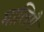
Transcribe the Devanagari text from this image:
मालिगै